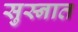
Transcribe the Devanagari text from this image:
सुस्नात